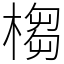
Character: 㮲